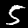
Digit: 5